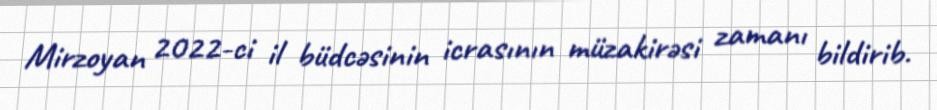
Mirzoyan 2022-ci il büdcəsinin icrasının müzakirəsi zamanı bildirib.